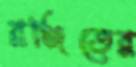
রঞ্জিতের